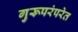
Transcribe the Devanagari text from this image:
गुरूपरंपरेत